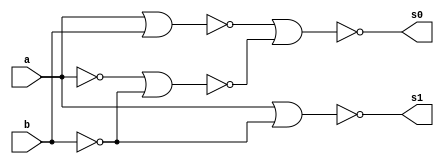
// ---------------------
// Guia 03_05 - Meia Diferenca NOR
// Nome: Thaise Souto Martins
// ---------------------

// ---------------------
// -- meia diferenca
// ---------------------

module meiadiferenca (s0, s1, a, b);
 output s0, s1;
 input  a, b;
 wire s2,s3,s4,s5,s6;
 
 nor norgate1 (s2, a, a);
 nor norgate2 (s3, b, b);
 nor norgate3 (s4, s2, s3);
 nor norgate4 (s5, a, b);
 nor norgate5 (s0, s5, s4);
 nor norgate6 (s6, s2, s2);
 nor norgate7 (s1, s6, s3);
 
 endmodule //meiadiferenca

// --------------------------
// -- test meia diferenca nor
// --------------------------

module testmeiadiferenca;
 reg   a, b;             
 wire  s0, s1;
          // instancia
 meiadiferenca MEIADIFERENCA1 (s0, s1, a, b);

 initial begin:start
      a=0; b=0;
 end

          // parte principal
 initial begin:main
      $display("Guia 03_05 - Thaise Souto Martins - 395504");
      $display("Test Meia Diferenca NOR gate");
      $display("\n a | b = s0 s1\n");
      $monitor(" %b | %b = %b %b", a, b, s0, s1);
  #1  a=0; b=1; 
  #1  a=1; b=0; 
  #1  a=1; b=1; 
  
 end

endmodule // testmeiadiferenca